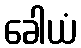
ခေါယံ